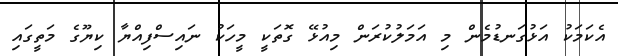
އެކަމަކު އަޅުގަނޑުމެން މި އަމަލުކުރަން މިއުޅޭ ގޮތަކީ މީހަކު ނައިސްފިއްޔާ ކިޔޫގެ މަތީގައި